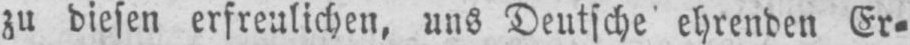
zu diesen erfreulichen, uns Deutsche ehrenden Er⸗